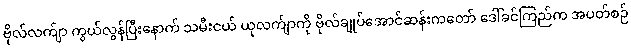
ဗိုလ်လက်ျာ ကွယ်လွန်ပြီးနောက် သမီးငယ် ယုလက်ျာကို ဗိုလ်ချုပ်အောင်ဆန်းကတော် ဒေါ်ခင်ကြည်က အပတ်စဉ်